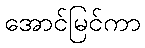
အောင်မြင်ကာ